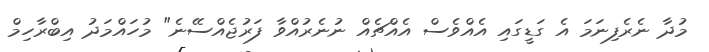
މުދާ ނެރެފިނަމަ އެ ގަޑީގައި އެއްވެސް އެއްޗެއް ނުނެރުއްވާ ފަރުޖެއްސޭނެ" މުހައްމަދު އިބްރާހިމް